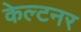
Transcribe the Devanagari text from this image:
केल्टनर